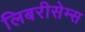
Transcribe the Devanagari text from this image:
लिबरीसेम्स